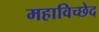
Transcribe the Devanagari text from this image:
महाविच्छेद